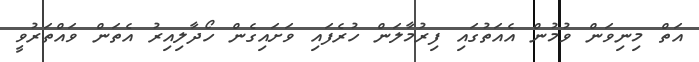
އަތް މިނިވަން ވުމުން އެއަތުގައި ފިރުމާލަން ހުރެފައި ވަށައިގެން ހޯދާލިއިރު އެތަން ވައްތަރުވީ